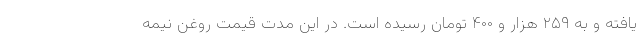
یافته و به ۲۵۹ هزار و ۴۰۰ تومان رسیده است. در این مدت قیمت روغن نیمه